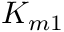
K _ { m 1 }